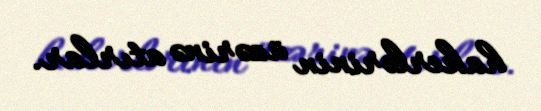
hakerlərinin üzərinə atırlar.